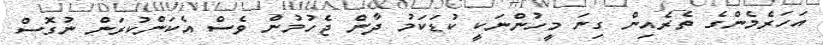
އަހަރެމެންގެ ތެރެއިން ގިނަ މީހުންނަކީ ކުޑަކަމު ދާން ޖެހުމުން ވެސް އެކަންކުރަން ނުގޮސް